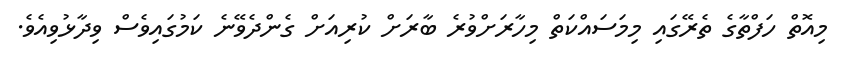
މިއޮތް ހަފްތާގެ ތެރޭގައި މިމަސައްކަތް މިހާރަށްވުރެ ބާރަށް ކުރިއަށް ގެންދެވޭނެ ކަމުގައިވެސް ވިދާޅުވިއެވެ.